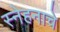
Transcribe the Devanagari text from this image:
स्नेहनाचे